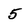
Character: 5